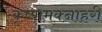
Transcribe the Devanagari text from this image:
कृष्णमक्नाहरी